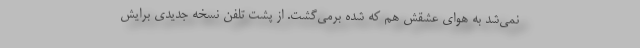
نمی‌شد به هوای عشقش هم که شده برمی‌گشت. از پشت تلفن نسخه جدیدی برایش